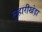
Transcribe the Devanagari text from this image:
लुहारीखेड़ा